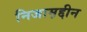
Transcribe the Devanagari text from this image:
निजाम़द्दीन